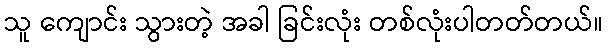
သူ ကျောင်း သွားတဲ့ အခါ ခြင်းလုံး တစ်လုံးပါတတ်တယ်။